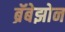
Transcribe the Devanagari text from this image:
ब्रॅबेझोन